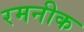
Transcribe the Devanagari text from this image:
रमनीक